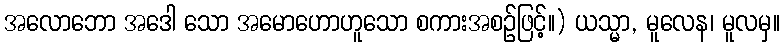
အလောဘော အဒေါ သော အမောဟောဟူသော စကားအစဉ်ဖြင့်။) ယသ္မာ, မူလေန၊ မူလမှ။